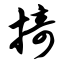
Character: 掎